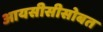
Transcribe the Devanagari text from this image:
आयसीसीसोबत